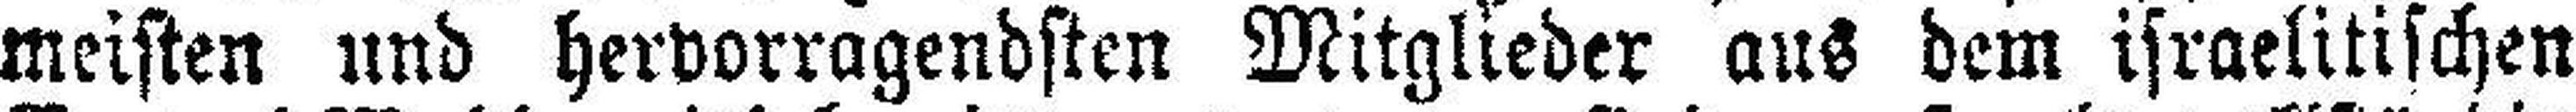
meisten und hervorragendsten Mitglieder aus dem israelitischen